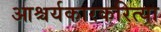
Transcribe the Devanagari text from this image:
आश्चर्यकारकरित्या